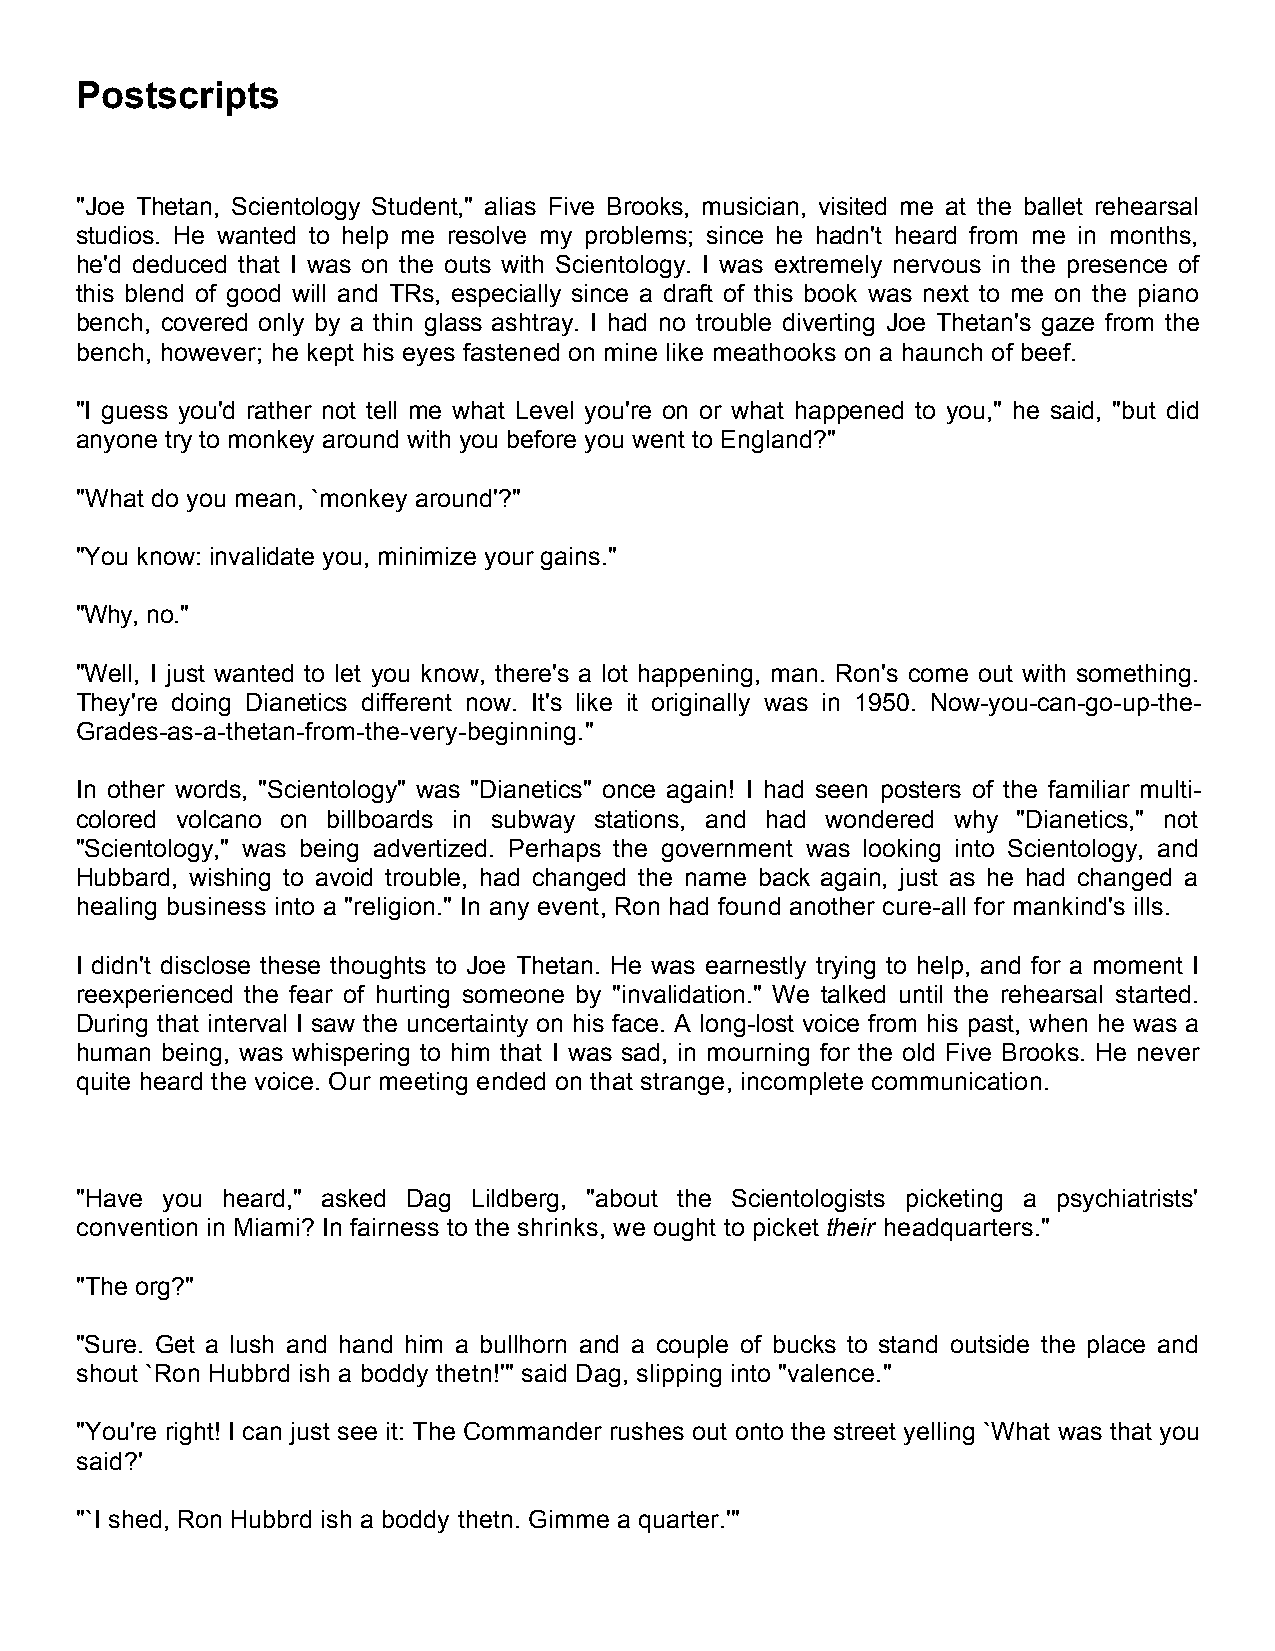
Postscripts
 "Joe Thetan, Scientology Student," alias Five Brooks, musician, visited me at the ballet rehearsal
 studios. He wanted to help me resolve my problems; since he hadn't heard from me in months,
 he'd deduced that I was on the outs with Scientology. I was extremely nervous in the presence of
 this blend of good will and TRs, especially since a draft of this book was next to me on the piano
 bench, covered only by a thin glass ashtray. I had no trouble diverting Joe Thetan's gaze from the
 bench, however; he kept his eyes fastened on mine like meathooks on a haunch of beef.
 "I guess you'd rather not tell me what Level you're on or what happened to you," he said, "but did
 anyone try to monkey around with you before you went to England?"
 "What do you mean, `monkey around'?"
 "You know: invalidate you, minimize your gains."
 "Why, no."
 "Well, I just wanted to let you know, there's a lot happening, man. Ron's come out with something.
 They're doing Dianetics different now. It's like it originally was in 1950. Now-you-can-go-up-the-
 Grades-as-a-thetan-from-the-very-beginning."
 In other words, "Scientology" was "Dianetics" once again! I had seen posters of the familiar multi-
 colored volcano on billboards in subway stations, and had wondered why "Dianetics," not
 "Scientology," was being advertized. Perhaps the government was looking into Scientology, and
 Hubbard, wishing to avoid trouble, had changed the name back again, just as he had changed a
 healing business into a "religion." In any event, Ron had found another cure-all for mankind's ills.
 I didn't disclose these thoughts to Joe Thetan. He was earnestly trying to help, and for a moment I
 reexperienced the fear of hurting someone by "invalidation." We talked until the rehearsal started.
 During that interval I saw the uncertainty on his face. A long-lost voice from his past, when he was a
 human being, was whispering to him that I was sad, in mourning for the old Five Brooks. He never
 quite heard the voice. Our meeting ended on that strange, incomplete communication.
 "Have you heard," asked Dag Lildberg, "about the Scientologists picketing a psychiatrists'
 convention in Miami? In fairness to the shrinks, we ought to picket their headquarters."
 "The org?"
 "Sure. Get a lush and hand him a bullhorn and a couple of bucks to stand outside the place and
 shout `Ron Hubbrd ish a boddy thetn!'" said Dag, slipping into "valence."
 "You're right! I can just see it: The Commander rushes out onto the street yelling `What was that you
 said?'
 "`I shed, Ron Hubbrd ish a boddy thetn. Gimme a quarter.'"